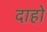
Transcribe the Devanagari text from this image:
दाहो